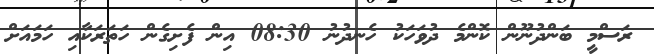
ރަސްމީ ބަންދުނޫން ކޮންމެ ދުވަހަކު ހެނދުނު 08:30 އިން ފެށިގެން ހަތަރަކާއި ހަމައަށް